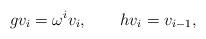
LaTeX: \begin{align*}gv_i =\omega ^i v_i ,~~~~~~hv_i =v_{i-1}, \end{align*}